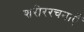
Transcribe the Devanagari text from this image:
शरीररचनाएँ